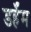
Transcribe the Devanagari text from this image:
डर्हॅम